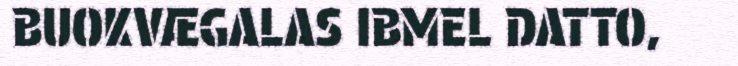
BUOKVÆGALAS IBMEL DATTO,